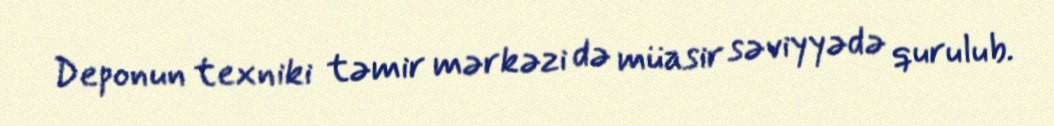
Deponun texniki təmir mərkəzi də müasir səviyyədə qurulub.